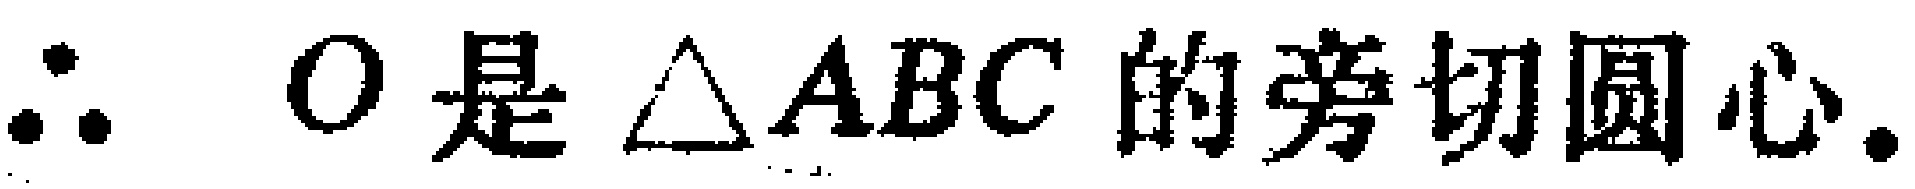
\(\therefore\ O是\ \triangle ABC的旁切圆心.\)